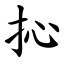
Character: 抋